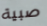
صبية